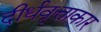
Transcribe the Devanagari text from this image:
दीर्धवृत्ताकार